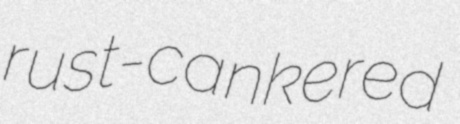
rust-cankered